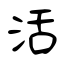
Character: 活